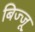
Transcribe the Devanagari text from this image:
बिज्‍जू